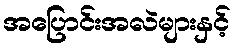
အပြောင်းအလဲများနှင့်